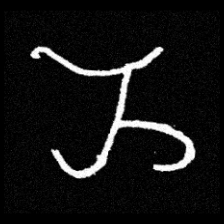
Pyu character \u2014 Myanmar letter: ည (romanized: nya)